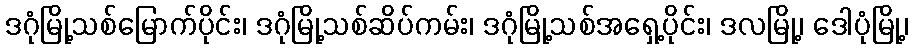
ဒဂုံမြို့သစ်မြောက်ပိုင်း၊ ဒဂုံမြို့သစ်ဆိပ်ကမ်း၊ ဒဂုံမြို့သစ်အရှေ့ပိုင်း၊ ဒလမြို့၊ ဒေါပုံမြို့၊